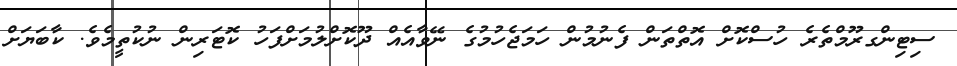
ސިޓިންގރޫމްތެރެ ހުސްކޮށް އޮތްތަން ފެނުމުން ހަމަޖެހުމުގެ ނޭވާއެއް ދޫކޮށްލުމަށްފަހު ކޮޓަރިން ނުކުތީމެވެ. ކާބަޔަށް